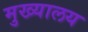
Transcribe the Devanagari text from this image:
मुख्यालय